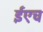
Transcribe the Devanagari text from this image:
ईएच